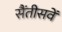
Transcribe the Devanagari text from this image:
सैंतीसवें